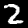
Label: 2